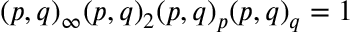
( p , q ) _ { \infty } ( p , q ) _ { 2 } ( p , q ) _ { p } ( p , q ) _ { q } = 1